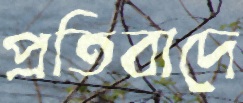
প্রতিবাদে